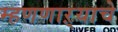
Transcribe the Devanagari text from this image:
म्हणणाऱ्याचे